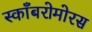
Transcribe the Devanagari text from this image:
स्काँबरोमोरस